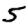
Digit: 5